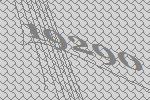
19290